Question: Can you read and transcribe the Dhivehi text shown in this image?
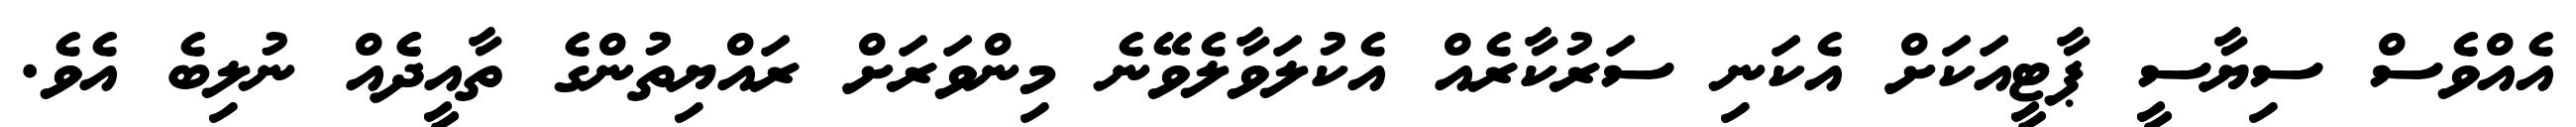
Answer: އެއްވެސް ސިޔާސީ ޕާޓީއަކަށް އެކަނި ސަރުކާރެއް އެކުލަވާލެވޭނެ މިންވަރަށް ރައްޔިތުންގެ ތާއީދެެއް ނުލިބެ އެވެ.